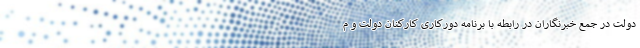
دولت در جمع خبرنگاران در رابطه با برنامه دورکاری کارکنان دولت و م